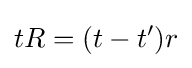
tR=(t-t')r